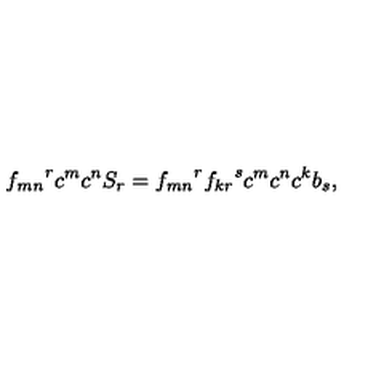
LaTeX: { f _ { m n } } ^ { r } c ^ { m } c ^ { n } S _ { r } = { f _ { m n } } ^ { r } { f _ { k r } } ^ { s } c ^ { m } c ^ { n } c ^ { k } b _ { s } ,